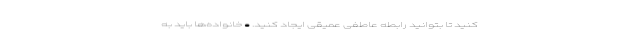
کنید تا بتوانید رابطه عاطفی عمیقی ایجاد کنید. • خانواده‌ها باید به